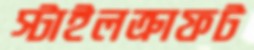
স্টাইলক্রাফট